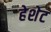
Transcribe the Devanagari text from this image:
हेशेट